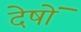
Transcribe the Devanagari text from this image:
देषों